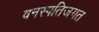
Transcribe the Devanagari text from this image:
वनस्पतिजगत